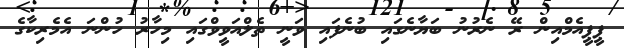
ޕީޕީއެމްއިން ރޭ ނެރުނު ބަޔާނެގައި ބުނެފައި ވަނީ ތެލްއަވީވްގައި މިހާރު ހުންނަ އެމެރިކާގެ